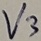
Text: V3